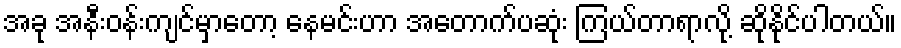
အခု အနီးဝန်းကျင်မှာတော့ နေမင်းဟာ အတောက်ပဆုံး ကြယ်တာရာလို့ ဆိုနိုင်ပါတယ်။